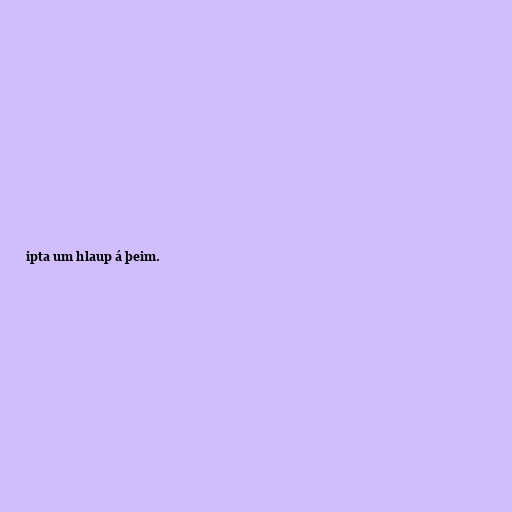
ipta um hlaup á þeim.